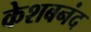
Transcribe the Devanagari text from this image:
केशबनंद